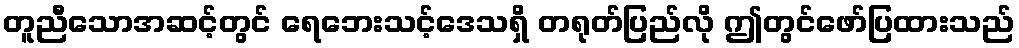
တူညီသောအဆင့်တွင် ရေဘေးသင့်ဒေသရှိ တရုတ်ပြည်လို ဤတွင်ဖော်ပြထားသည်